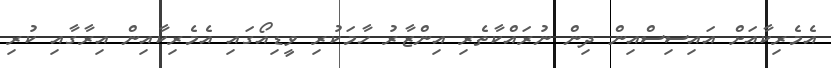
އެމެރިކާއަށް އައިސިސްއިން ދިން ނުރައްކާތެރި އިންޒާރު ހާމަކުރި ވީޑިއޯގައި އެމެރިކާއިން އިރާގާއި ކުރި